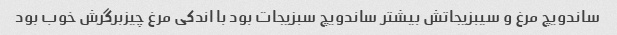
ساندویچ مرغ و سیبزیجاتش بیشتر ساندویچ سبزیجات بود با اندکی مرغ چیزبرگرش خوب بود